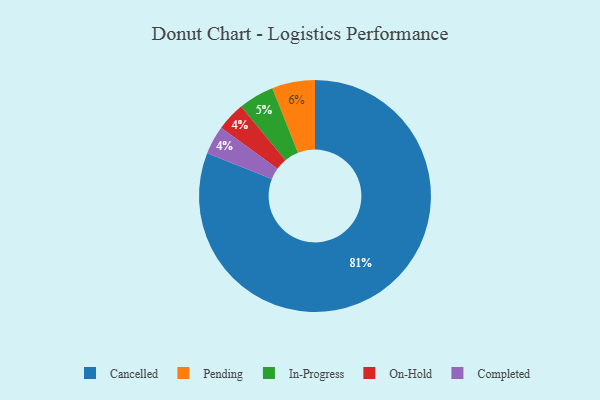
{"axis": {"x": "Category", "y": "Percentage"}, "legend": ["Cancelled", "Completed", "In-Progress", "On-Hold", "Pending"], "data": [{"x": "On-Hold", "y": 4, "type": "On-Hold"}, {"x": "In-Progress", "y": 5, "type": "In-Progress"}, {"x": "Cancelled", "y": 81, "type": "Cancelled"}, {"x": "Completed", "y": 4, "type": "Completed"}, {"x": "Pending", "y": 6, "type": "Pending"}]}